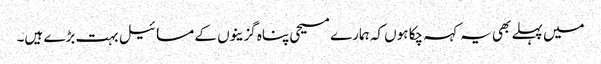
میں پہلے بھی یہ کہہ چکا ہوں کہ ہمارے مسیحی پناہ گزینوں کے مسائیل بہت بڑے ہیں۔